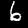
Digit: 6